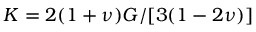
K = 2 ( 1 + \nu ) G / [ 3 ( 1 - 2 \nu ) ]